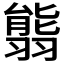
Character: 𦑴